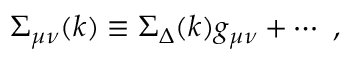
\Sigma _ { \mu \nu } ( k ) \equiv \Sigma _ { \Delta } ( k ) g _ { \mu \nu } + \cdots \ ,